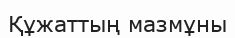
Құжаттың мазмұны